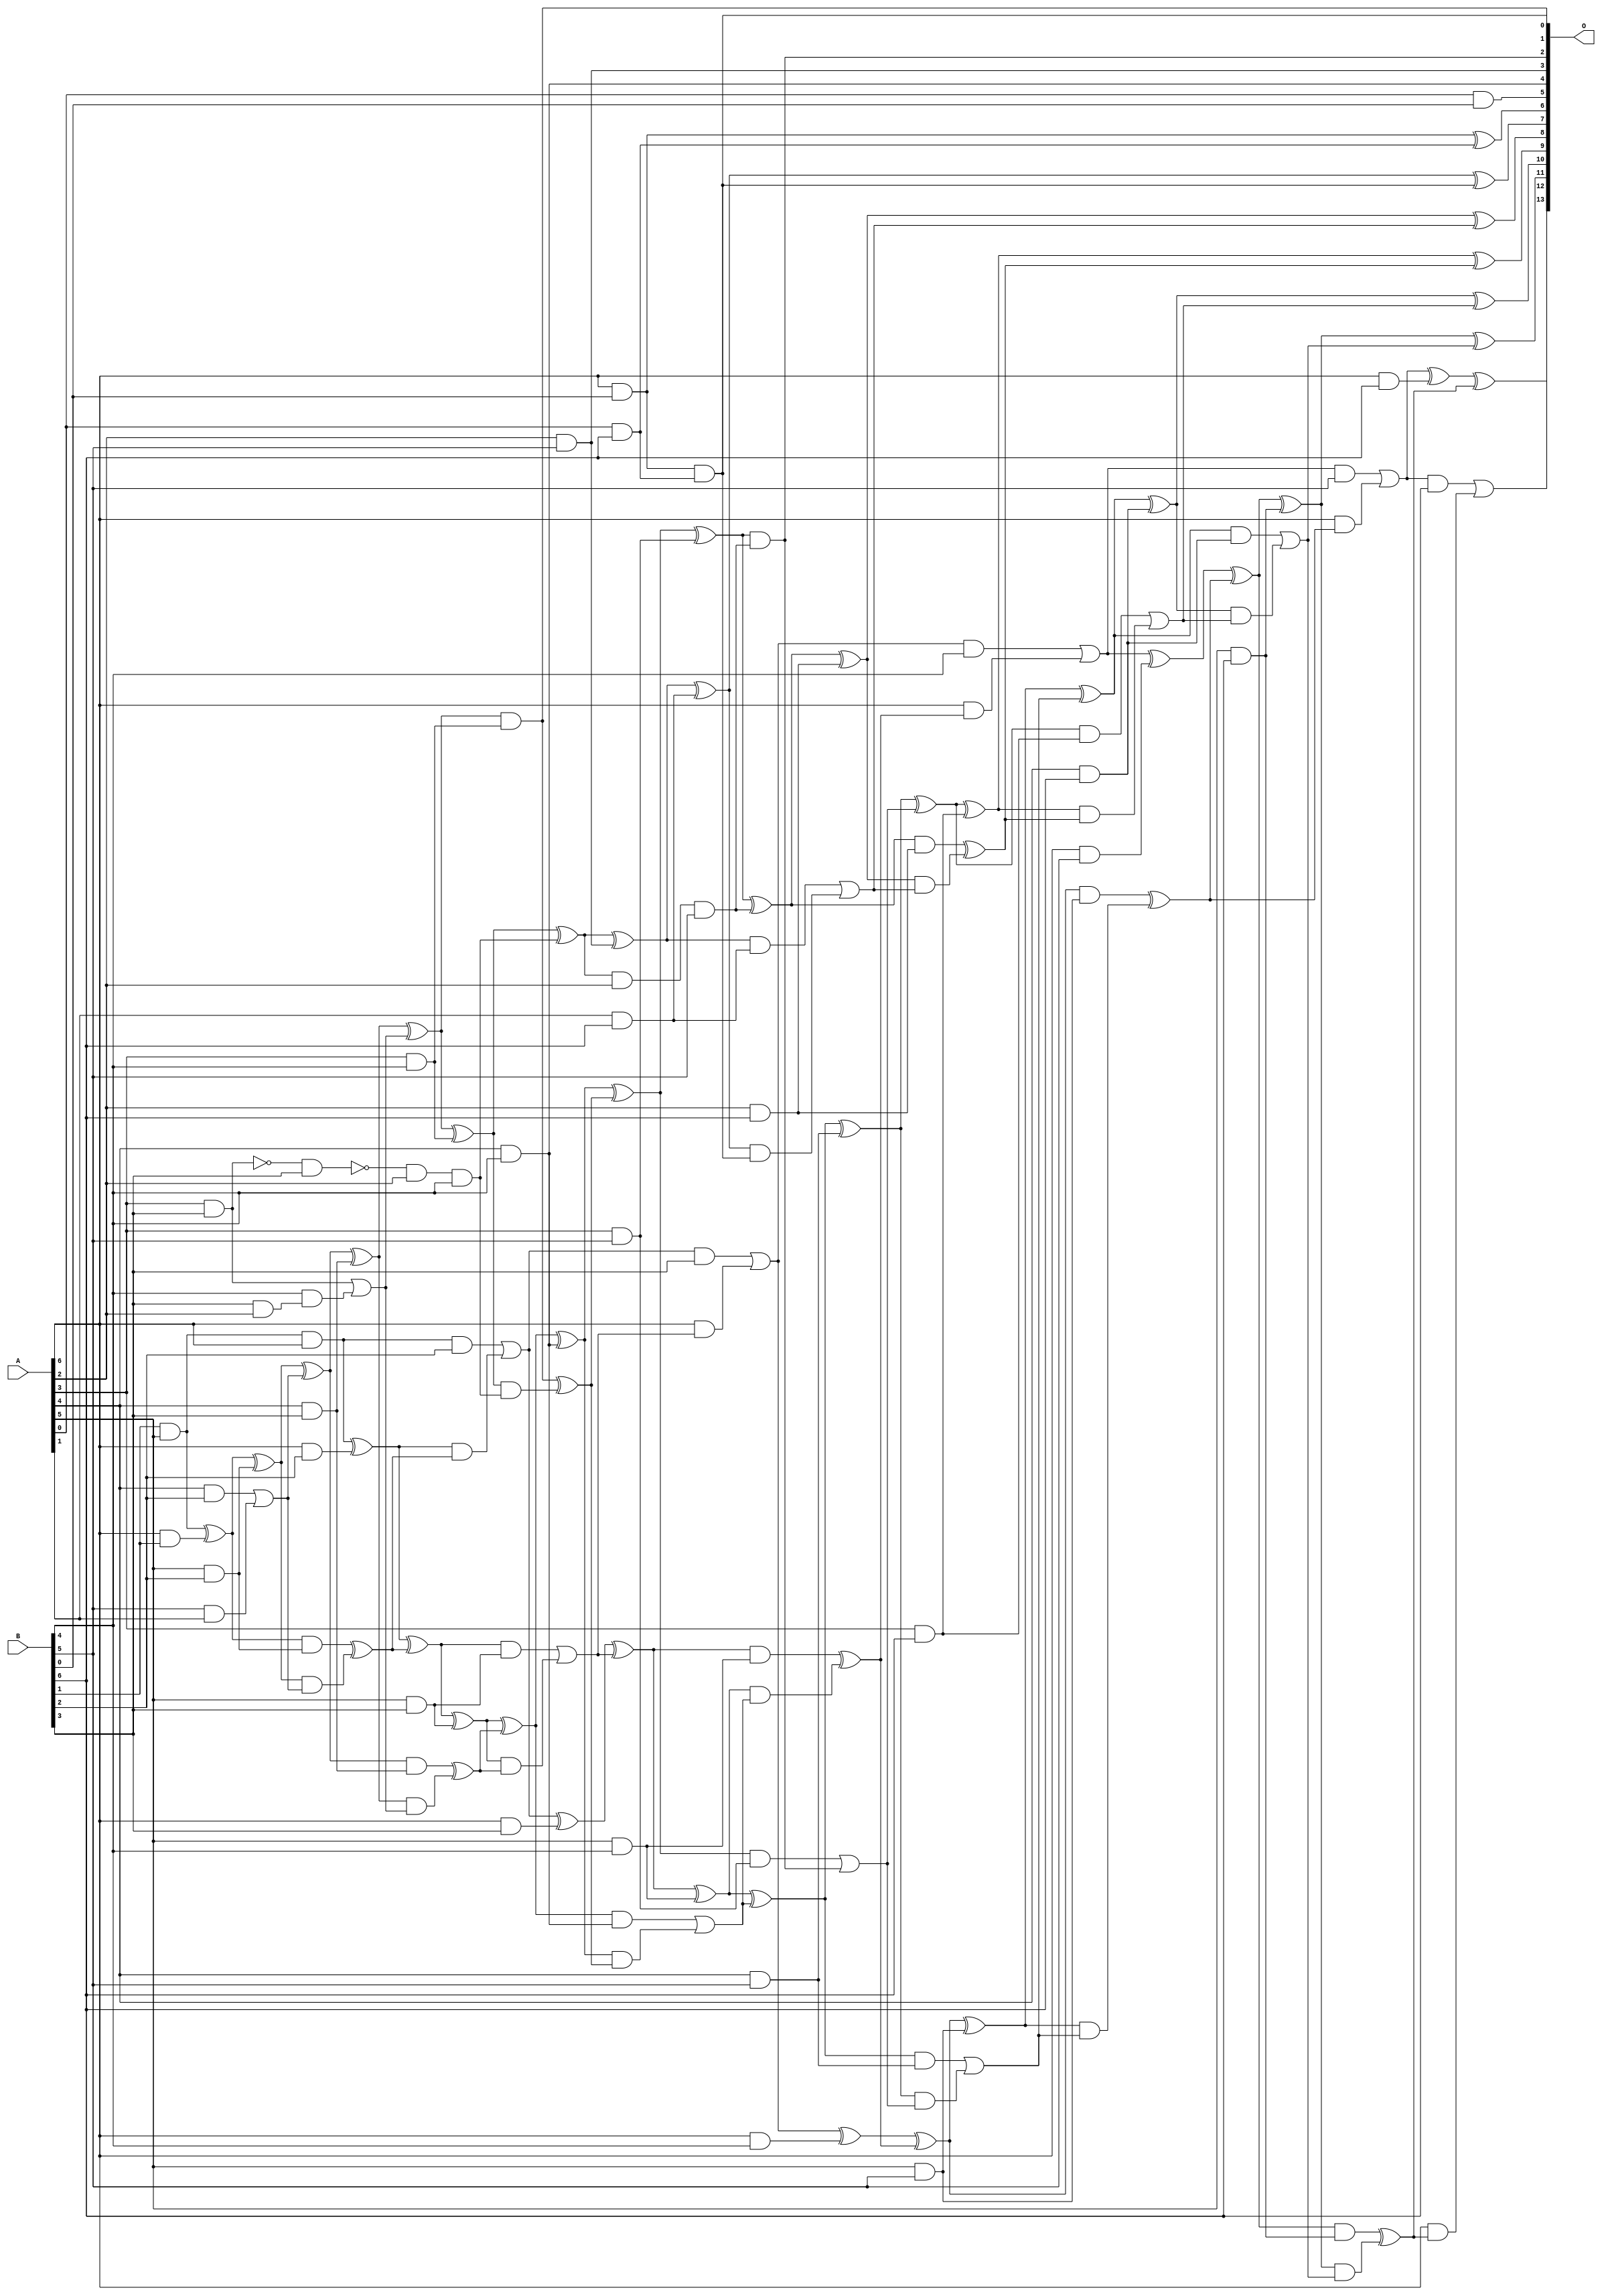
/***
* This code is a part of EvoApproxLib library (ehw.fit.vutbr.cz/approxlib) distributed under The MIT License.
* When used, please cite the following article(s): V. Mrazek, S. S. Sarwar, L. Sekanina, Z. Vasicek and K. Roy, "Design of power-efficient approximate multipliers for approximate artificial neural networks," 2016 IEEE/ACM International Conference on Computer-Aided Design (ICCAD), Austin, TX, 2016, pp. 1-7. doi: 10.1145/2966986.2967021 
* This file contains a circuit from a sub-set of pareto optimal circuits with respect to the pwr and mae parameters
***/
// MAE% = 0.24 %
// MAE = 40 
// WCE% = 0.99 %
// WCE = 162 
// WCRE% = 3100.00 %
// EP% = 95.40 %
// MRE% = 5.32 %
// MSE = 2487 
// PDK45_PWR = 0.161 mW
// PDK45_AREA = 351.5 um2
// PDK45_DELAY = 1.30 ns


module mul7u_06Q(A, B, O);
  input [6:0] A, B;
  output [13:0] O;
  wire [6:0] A, B;
  wire [13:0] O;
  wire sig_27, sig_54, sig_55, sig_56, sig_62, sig_63;
  wire sig_82, sig_83, sig_85, sig_86, sig_87, sig_88;
  wire sig_89, sig_90, sig_91, sig_92, sig_93, sig_94;
  wire sig_95, sig_100, sig_101, sig_102, sig_114, sig_115;
  wire sig_116, sig_117, sig_118, sig_119, sig_120, sig_121;
  wire sig_122, sig_123, sig_124, sig_125, sig_126, sig_127;
  wire sig_128, sig_129, sig_130, sig_131, sig_132, sig_133;
  wire sig_134, sig_138, sig_140, sig_141, sig_150, sig_153;
  wire sig_154, sig_156, sig_157, sig_158, sig_159, sig_160;
  wire sig_161, sig_162, sig_163, sig_164, sig_165, sig_166;
  wire sig_167, sig_168, sig_169, sig_170, sig_171, sig_172;
  wire sig_173, sig_177, sig_178, sig_179, sig_180, sig_186;
  wire sig_188, sig_189, sig_191, sig_192, sig_193, sig_194;
  wire sig_196, sig_197, sig_198, sig_199, sig_200, sig_201;
  wire sig_202, sig_203, sig_204, sig_205, sig_206, sig_207;
  wire sig_208, sig_209, sig_210, sig_211, sig_212, sig_213;
  wire sig_214, sig_215, sig_216, sig_217, sig_218, sig_219;
  wire sig_222, sig_223, sig_224, sig_226, sig_227, sig_228;
  wire sig_229, sig_231, sig_232, sig_233, sig_234, sig_236;
  wire sig_237, sig_238, sig_239, sig_241, sig_242, sig_243;
  wire sig_244, sig_246, sig_247, sig_248, sig_249;
  assign sig_27 = A[6] & B[1];
  assign sig_54 = B[1] & A[5];
  assign sig_55 = sig_54 ^ sig_27;
  assign sig_56 = sig_54 & A[6];
  assign sig_62 = A[5] & B[2];
  assign sig_63 = A[6] & B[2];
  assign sig_82 = A[4] & B[2];
  assign sig_83 = B[5] & A[1];
  assign sig_85 = sig_82 | sig_83;
  assign sig_86 = sig_55 ^ sig_62;
  assign sig_87 = sig_55 & sig_62;
  assign sig_88 = sig_86 & sig_85;
  assign sig_89 = sig_86 ^ sig_85;
  assign sig_90 = sig_87 ^ sig_88;
  assign sig_91 = sig_56 ^ sig_63;
  assign sig_92 = sig_56 & B[2];
  assign sig_93 = sig_91 & sig_90;
  assign sig_94 = sig_91 ^ sig_90;
  assign sig_95 = sig_92 | sig_93;
  assign sig_100 = A[4] & B[3];
  assign sig_101 = A[5] & B[3];
  assign sig_102 = A[6] & B[3];
  assign sig_114 = B[3] & A[2];
  assign sig_115 = !(A[3] & B[3]);
  assign sig_116 = B[3] & A[3];
  assign sig_117 = B[4] & sig_114;
  assign sig_118 = !(sig_115 & B[3]);
  assign sig_119 = sig_116 | sig_117;
  assign sig_120 = sig_89 ^ sig_100;
  assign sig_121 = sig_89 & sig_100;
  assign sig_122 = sig_120 & sig_119;
  assign sig_123 = sig_120 ^ sig_119;
  assign sig_124 = sig_121 ^ sig_122;
  assign sig_125 = sig_94 ^ sig_101;
  assign sig_126 = sig_94 & sig_101;
  assign sig_127 = sig_125 & sig_124;
  assign sig_128 = sig_125 ^ sig_124;
  assign sig_129 = sig_126 | sig_127;
  assign sig_130 = sig_95 ^ sig_102;
  assign sig_131 = sig_95 & B[3];
  assign sig_132 = A[6] & sig_129;
  assign sig_133 = sig_130 ^ sig_129;
  assign sig_134 = sig_131 | sig_132;
  assign O[5] = A[0] & B[0];
  assign sig_138 = A[3] & B[4];
  assign O[4] = A[4] & B[4];
  assign sig_140 = A[5] & B[4];
  assign sig_141 = A[6] & B[4];
  assign sig_150 = sig_118 & A[2];
  assign sig_153 = sig_150 & B[4];
  assign sig_154 = sig_123 ^ sig_138;
  assign O[0] = sig_123 & sig_138;
  assign sig_156 = sig_154 & sig_153;
  assign sig_157 = sig_154 ^ sig_153;
  assign sig_158 = O[0] ^ sig_156;
  assign sig_159 = sig_128 ^ O[4];
  assign sig_160 = sig_128 & O[4];
  assign sig_161 = sig_159 & sig_158;
  assign sig_162 = sig_159 ^ sig_158;
  assign sig_163 = sig_160 | sig_161;
  assign sig_164 = sig_133 ^ sig_140;
  assign sig_165 = sig_133 & sig_140;
  assign sig_166 = sig_164 & sig_163;
  assign sig_167 = sig_164 ^ sig_163;
  assign sig_168 = sig_165 ^ sig_166;
  assign sig_169 = sig_134 ^ sig_141;
  assign sig_170 = sig_134 & B[4];
  assign sig_171 = A[6] & sig_168;
  assign sig_172 = sig_169 ^ sig_168;
  assign sig_173 = sig_170 | sig_171;
  assign O[3] = A[2] & B[5];
  assign sig_177 = A[3] & B[5];
  assign sig_178 = A[4] & B[5];
  assign sig_179 = A[5] & B[5];
  assign sig_180 = A[6] & B[5];
  assign sig_186 = A[6] & B[0];
  assign sig_188 = sig_157 ^ O[3];
  assign sig_189 = sig_157 & A[2];
  assign sig_191 = sig_188;
  assign sig_192 = sig_189 & B[5];
  assign sig_193 = sig_162 ^ sig_177;
  assign sig_194 = sig_162 & sig_177;
  assign O[2] = sig_193 & sig_192;
  assign sig_196 = sig_193 ^ sig_192;
  assign sig_197 = sig_194 | O[2];
  assign sig_198 = sig_167 ^ sig_178;
  assign sig_199 = sig_167 & sig_178;
  assign sig_200 = sig_198 & sig_197;
  assign sig_201 = sig_198 ^ sig_197;
  assign sig_202 = sig_199 | sig_200;
  assign sig_203 = sig_172 ^ sig_179;
  assign sig_204 = sig_172 & sig_179;
  assign sig_205 = sig_203 & sig_202;
  assign sig_206 = sig_203 ^ sig_202;
  assign sig_207 = sig_204 ^ sig_205;
  assign sig_208 = sig_173 ^ sig_180;
  assign sig_209 = sig_173 & B[5];
  assign sig_210 = A[6] & sig_207;
  assign sig_211 = sig_208 ^ sig_207;
  assign sig_212 = sig_209 | sig_210;
  assign sig_213 = A[0] & B[6];
  assign sig_214 = A[1] & B[6];
  assign sig_215 = A[2] & B[6];
  assign sig_216 = A[3] & B[6];
  assign sig_217 = A[4] & B[6];
  assign sig_218 = A[5] & B[6];
  assign sig_219 = A[6] & B[6];
  assign O[6] = sig_186 ^ sig_213;
  assign O[1] = sig_186 & sig_213;
  assign sig_222 = sig_191 ^ sig_214;
  assign sig_223 = sig_191 & sig_214;
  assign sig_224 = sig_222 & O[1];
  assign O[7] = sig_222 ^ O[1];
  assign sig_226 = sig_223 | sig_224;
  assign sig_227 = sig_196 ^ sig_215;
  assign sig_228 = sig_196 & sig_215;
  assign sig_229 = sig_227 & sig_226;
  assign O[8] = sig_227 ^ sig_226;
  assign sig_231 = sig_228 ^ sig_229;
  assign sig_232 = sig_201 ^ sig_216;
  assign sig_233 = sig_201 & sig_216;
  assign sig_234 = sig_232 & sig_231;
  assign O[9] = sig_232 ^ sig_231;
  assign sig_236 = sig_233 | sig_234;
  assign sig_237 = sig_206 ^ sig_217;
  assign sig_238 = sig_206 & sig_217;
  assign sig_239 = sig_237 & sig_236;
  assign O[10] = sig_237 ^ sig_236;
  assign sig_241 = sig_238 | sig_239;
  assign sig_242 = sig_211 ^ sig_218;
  assign sig_243 = sig_211 & sig_218;
  assign sig_244 = sig_242 & sig_241;
  assign O[11] = sig_242 ^ sig_241;
  assign sig_246 = sig_243 ^ sig_244;
  assign sig_247 = sig_212 ^ sig_219;
  assign sig_248 = sig_212 & B[6];
  assign sig_249 = A[6] & sig_246;
  assign O[12] = sig_247 ^ sig_246;
  assign O[13] = sig_248 | sig_249;
endmodule